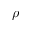
\rho